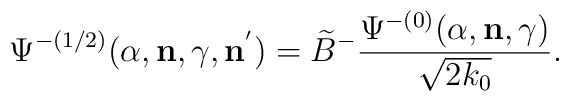
{\Psi}^{-(1/2)}(\alpha,{\bf n},\gamma,{\bf n}^{'})=\widetilde{B}^{-}\frac{{\Psi}^{-(0)}(\alpha,{\bf n},\gamma)}{\sqrt{2k_0}}.